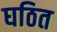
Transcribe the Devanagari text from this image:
घठित